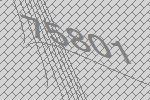
75801